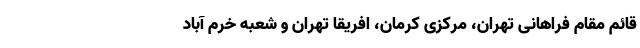
قائم مقام فراهانی تهران، مرکزی کرمان، افریقا تهران و شعبه خرم آباد